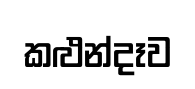
කළුන්දෑව